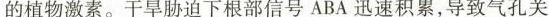
的植物激素。干旱胁迫下根部信号ABA迅速积累，导致气孔关